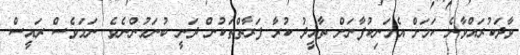
ވާދަކުރައްވާނެ ކަަމަށް އެމަނިކުފާނަށް ތާއީދު ކުރާ ފަރާތްތަކުން ދަނީ ބުނަމުންނެވެ. ނަމަވެސް ރައީސް